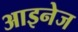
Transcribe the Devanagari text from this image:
आइनेज